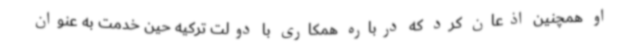
او همچنین اذعان کرد که درباره همکاری با دولت ترکیه حین خدمت به عنوان